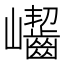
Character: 𡿖